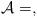
LaTeX: \begin{align*}\mathcal{A}=,\end{align*}